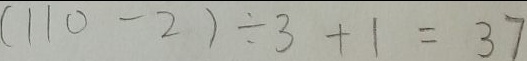
( 1 1 0 - 2 ) \div 3 + 1 = 3 7